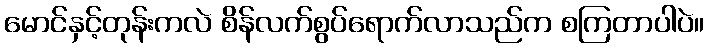
မောင်နှင့်တုန်းကလဲ စိန်လက်စွပ်ရောက်လာသည်က စကြတာပါပဲ။